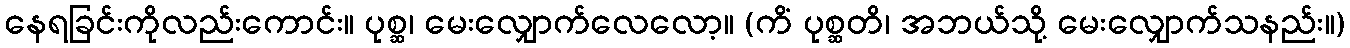
နေရခြင်းကိုလည်းကောင်း။ ပုစ္ဆ၊ မေးလျှောက်လေလော့။ (ကိံ ပုစ္ဆတိ၊ အဘယ်သို့ မေးလျှောက်သနည်း။)